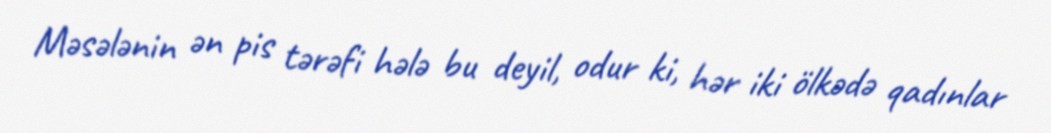
Məsələnin ən pis tərəfi hələ bu deyil, odur ki, hər iki ölkədə qadınlar